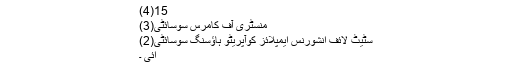
15(4)
منسٹری آف کامرس سوسائٹی(3)
سٹیٹ لائف انشورنس ایمپلائز کوآپریٹو ہاؤسنگ سوسائٹی(2)
آئی ۔